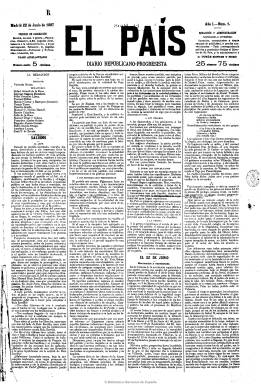
Título: El País (Madrid. 1887)
Otros títulos: Nuevo país
Colección: Periódicos
Ámbito geográfico: Madrid
Lugar de publicación: Madrid
Fechas: 22/06/1887-09/02/1921

Al quedar suspendido el periódico El progreso (1881), y necesitado el Partido Republicano Progresista -fundado en 1880 por Manuel Ruiz Zorrilla (1833-1895) y Nicolás Salmerón (1838-1908)- de un nuevo órgano de expresión, empieza a editarse esta publicación el 22 de junio de 1887, siendo su fundador y propietario Antonio Catena Muñoz (1840-1913). El nuevo órgano del partido de Zorrilla tendrá un gran éxito como diario popular y anticlerical durante la Regencia de doña María Cristina, alcanzando al comienzo del nuevo siglo su máxima difusión y convirtiéndose en el gran diario republicano madrileño.

Zorrilla fracasará ya en su primera intención de restaurar la unidad republicana, fundando Salmerón por una parte el Partido Republicano Centralista y su órgano, La justicia (1888-1890), y los federalistas, por otra, La joven España (1887-1888). El país seguirá “fiel a la tradición de los diarios de partido”, tal como señala J.M. Desvois, siendo un periódico típico de gran formato, compuesto a varias columnas, que irá evolucionando a la par que el resto de la prensa de información general, dedicando la primera plana al editorial y artículos de fondo, además de dar cuenta de la actividad de la formación política de que la que es órgano oficial; la segunda y tercera, a noticias nacionales, de provincias y extranjeras, la crónica local de Madrid, espectáculos, crónicas parlamentarias y políticas, sucesos, cotizaciones de bolsa, etc., y la última al folletín y a los anuncios comerciales, que llegarán a ser abundantes.

Al año siguiente de su fundación, el entonces joven Alejandro Lerroux (1864-1949) sustituirá a Valentín Morán en la dirección del periódico, y lo convertirá en uno de los diarios más polemistas (con La nación, La época, etc.) y más leídos de la época. En su redacción estarán Ricardo Fuente Asensio (1866-1925), el futuro fundador y director de la Hemeroteca Municipal de Madrid, que actuará como redactor jefe y que más tarde llega a dirigirlo, así como Antonio Palomero, Dionisio Pérez e Ignacio de Santillán, entre otros.

Todavía bajo la dirección de Lerroux, y junto a periodistas como Francisco Sastre, Santiago Oria, Eduardo Rosón, José Antonio Palazón, Francisco Rodríguez Besteiro, Curros Enríquez, Ernesto López (Claudio Frollo), en el diario van a empezar a agruparse jóvenes escritores e intelectuales de la generación del 98, como José Martínez Ruiz, que será redactor desde el cinco de diciembre de 1896 (no empezará a utilizar el seudónimo Azorín hasta 1904), junto a Ramón María del Valle Inclán, Pío Baroja, Miguel de Unamuno, Vicente Blasco Ibáñez, Benito Pérez Galdós, Ramiro de Maeztu, Manuel y Antonio Machado, Manuel Bueno o Rubén Darío, y hasta el joven Ortega buscará refugio en sus páginas cuando no pueda publicar en el periódico de su propia familia (El imparcial). Mientras que Ortega llegará a considerar a El país -junto a El liberal- como el periódico defensor de las ideas más avanzadas en España, Rubén Darío llegará a decir que su redacción llegó a reunir el mayor número de intelectuales españoles.

Zorrilla se unirá en 1893 a Salmerón en Unión Republicana, y tras el fallecimiento del primero se producirá una disensión en el seno de la redacción del diario, cuya mayor parte se marchará a El progreso, que comienza a editarse el 31 de octubre de 1897, como nuevo órgano oficial del partido republicano progresista y bajo la dirección de Lerroux. El país adopta entonces el subtítulo de “diario republicano socialista revolucionario”, y bajo la dirección de Joaquín Dicenta se convertirá durante un año en portavoz del grupo que publica la revista Germinal, momento en el que será considerado como el periódico “más abierto a la juventud y a las nuevas tendencias estéticas”, a la vez que sus competidores directos (republicanos y socialistas) le acusan de difundir “un socialismo sentimental trasnochado”, como recuerda María Cruz Seoane.

Desde febrero de 1896 había sido víctima de una campaña de persecución a través del fiscal de imprenta, que logrará el encarcelamiento de varios de sus redactores y su suspensión definitiva el 18 de agosto de 1898, con la penalización a más de dos años de cárcel para Manuel María Iglesias, que como “hombre de paja” en ese momento ocupa la figura de editor-responsable, reapareciendo al día siguiente bajo el título de El nuevo país.  Pero su momento más duro será en febrero de 1901 cuando sea de nuevo suspendido por orden gubernativa durante doce días. En 1902, seguirá la política de la Federación Revolucionaria fundada por Lerroux y Vicente Blasco Ibáñez, entre otros, y llevará a cabo una campaña de agitación republicana contra la coronación de Alfonso XIII. Con los artículos que la censura le tacha llega a confeccionar una edición semanal parisina en castellano, que estuvo a cargo de Luis Bonafoux y que las autoridades francesas prohibieron ese mismo año, y de la que existen dos ejemplares en la Hemeroteca Municipal de Madrid.

Además de en la de El globo (1875-1932), órgano del republicanismo posibilista castelarino, en la redacción de El país tomó su principal asiento la denominada “bohemia” periodística y literaria. En su tertulia se daban cita, entre otros, Adolfo Luna Ramos, Pedro Barrantes (otro de los editores responsables del diario), Rafael Delorme, José Ferrándiz Ruiz (que utilizó los seudónimos Constancio Miralta, Un Clérigo de esta Corte y el Devoto Parlante) o el exjesuita Segismundo Pey Ordeix (que utilizó el seudónimo Gil Blas de Santillana), famoso por sus campañas anticlericales.

A partir de 1907, tras asumir Roberto Castrovido Sanz (1864-1941) la dirección que había dejado Ricardo Fuente, el periódico se inspirará en el programa de la Unión Republicana catalana, para después hacerlo en el del Partido Republicano Radical. Pero a partir de aquí será el más firme defensor de la Conjunción Republicano-Socialista (1909-1918), por la que Pablo Iglesias conseguirá en 1910 la primera acta de un socialista en representación del movimiento obrero español. Durante la primera guerra mundial será francófilo y recibirá la correspondiente subvención de la embajada francesa. Por entonces también forman también parte de su redacción José Abina, Julián Cuadra, Pedro Miquel y Arturo Mori.

Castrovido fue su director hasta la desaparición del diario, el 11 de febrero de 1921, fecha emblemática por ser la de la proclamación de la I República Española, motivada por las continuas denuncias que venía recibiendo de la autoridad gubernativa, pero también por la huida de sus lectores hacia los nuevos periódicos de ideas republicanas y progresistas; después de haber alcanzado sus mayores tiradas al comienzo de siglo, con más de 47.000 ejemplares diarios, haber emprendido varias campañas anticlericales por la intromisión de la iglesia católica en los asuntos políticos, haber lanzado múltiples campañas a favor de la unión de los republicanos españoles y tras 35 años de vida.

En la colección original que conserva la BNE faltan los ejemplares del 1 de agosto al 20 de octubre de 1895, además de otras faltas puntuales.

[Descripción modificada el 28/03/2023]